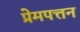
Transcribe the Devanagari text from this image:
प्रेमपत्तन